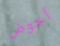
أخوض